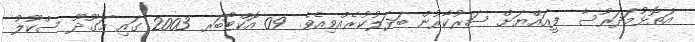
އަތޮޅުމަދަރުސާ ފީއައްޔަށް ސަރުކާރުން ބަދަލުކުރެއްވިއެވެ. 09 އޮކްޓޯބަރ 2003 ގައި މަގޫދޫ ސްކޫލު